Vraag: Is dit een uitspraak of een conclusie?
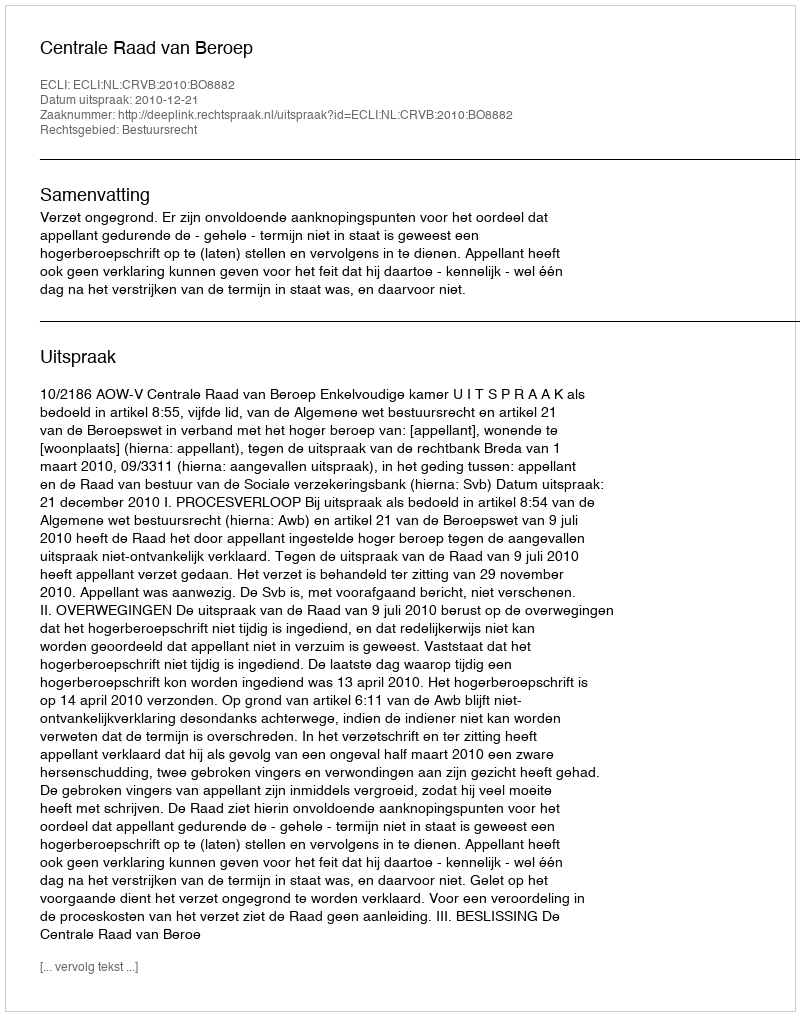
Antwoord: Uitspraak